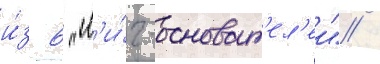
и́з 6 "л'и́г-основат'ел'еи" /